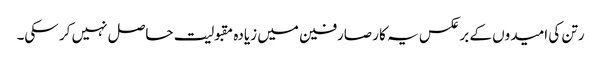
رتن کی امیدوں کے برعکس یہ کار صارفین میں زیادہ مقبولیت حاصل نہیں کر سکی۔